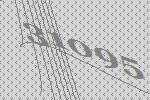
31095